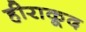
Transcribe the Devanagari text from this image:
हीराकूद